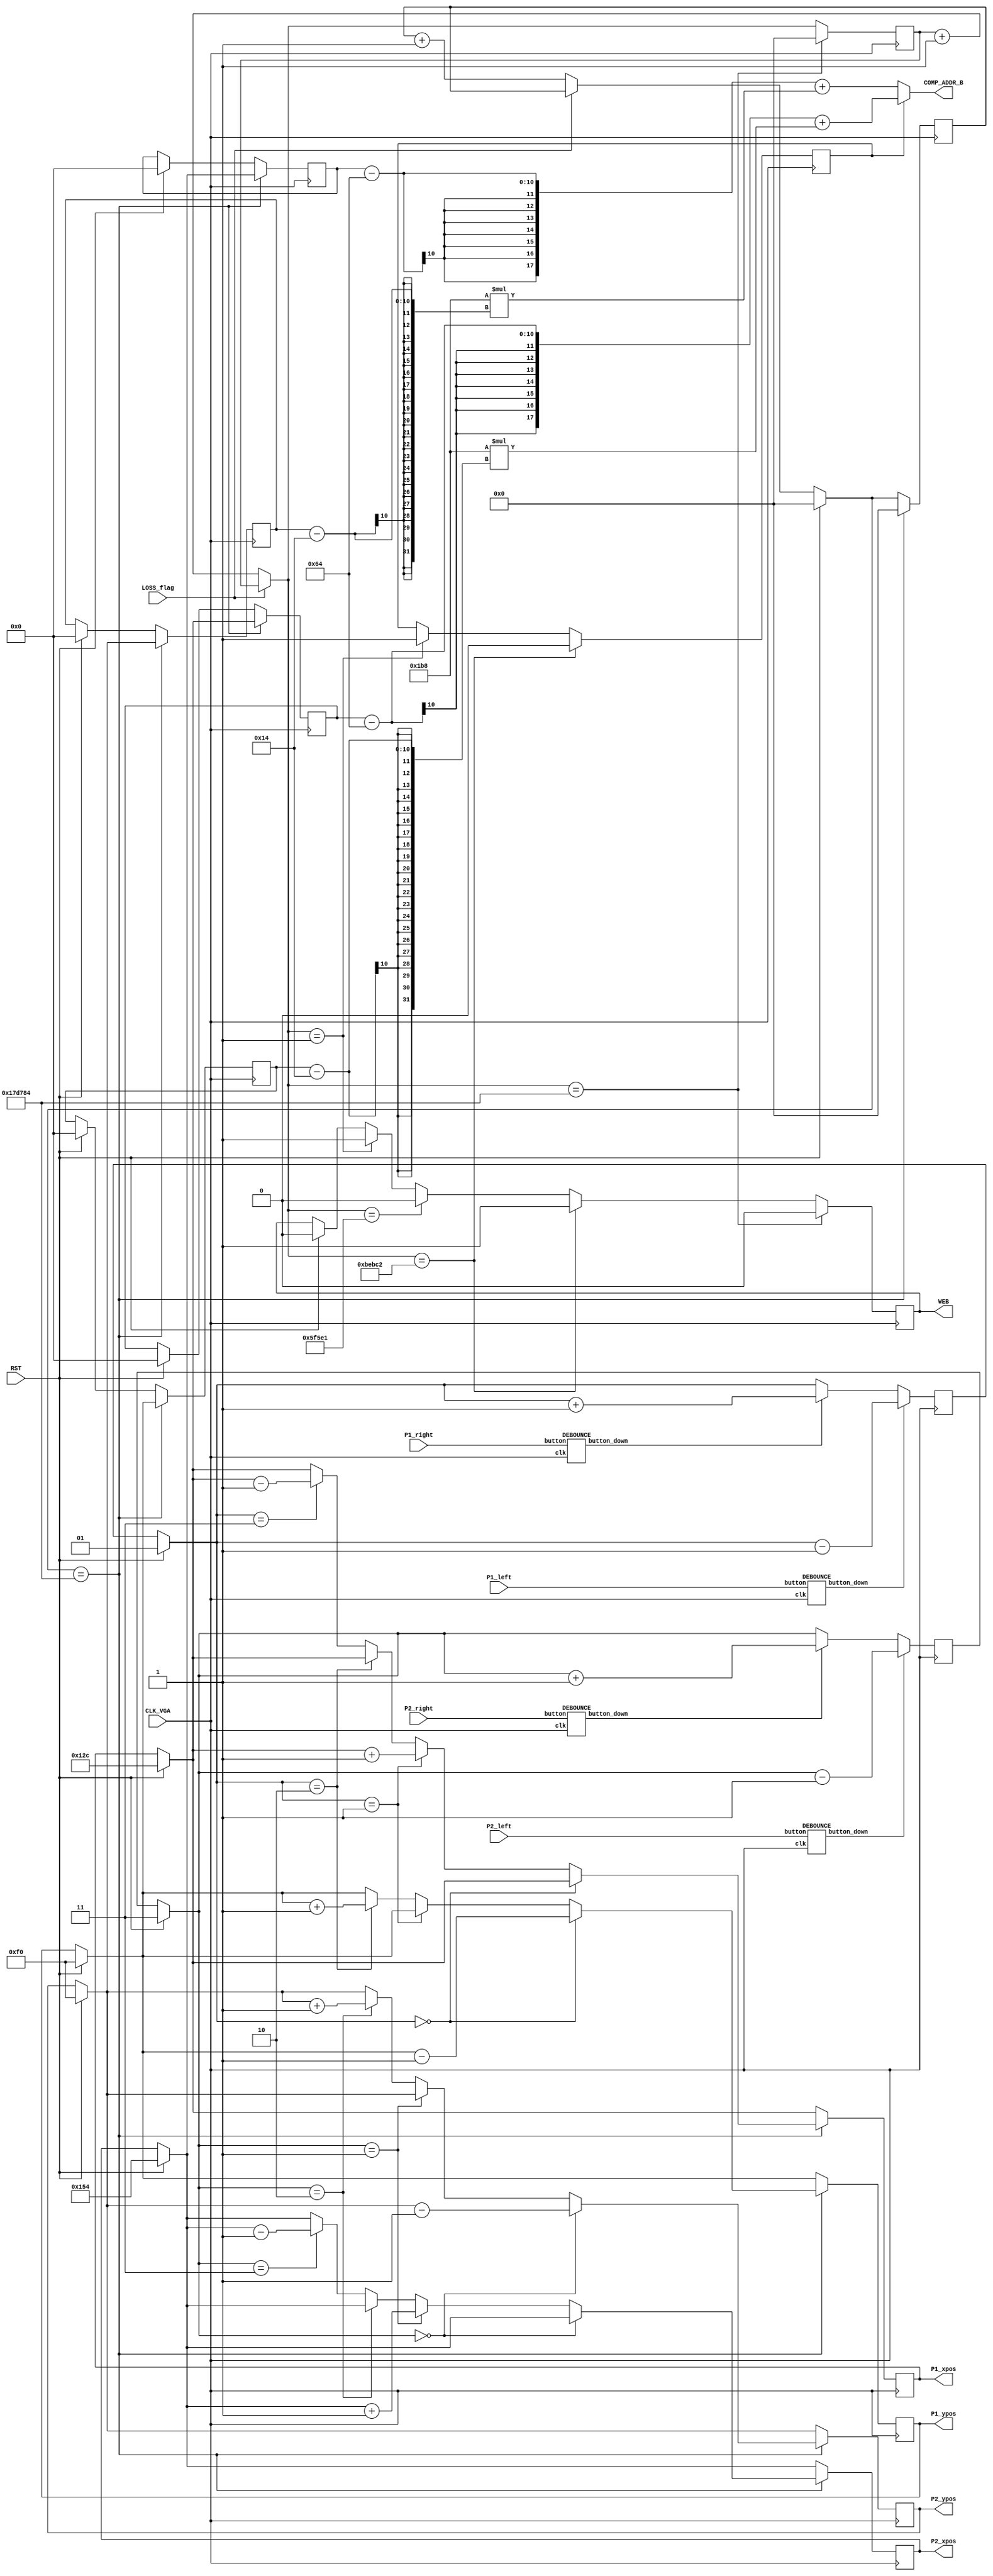
/*
** Mark Tentindo
** Digital Logic II
** Professor Venkataramani
** Final Project
** 
** PLAYERS Module
**
** - updates player positions based on current direction
** - receives button presses and adjust direction values
** - holds player initialization positions
*/

module PLAYERS(P1_xpos, P1_ypos, P2_xpos, P2_ypos, WEB, COMP_ADDR_B, /**/ CLK_VGA, P1_left, P1_right, P2_left, P2_right, RST, LOSS_flag);

	// Inputs include clock and buttons
	input CLK_VGA, RST, LOSS_flag;
	input P1_left, P1_right, P2_left, P2_right;
	
	// Outputs include player positions and RAM Address and write enable for port B
	output [9:0] P1_xpos;
	output [9:0] P1_ypos;
	output [9:0] P2_xpos;
	output [9:0] P2_ypos;
	output WEB;
	output [17:0] COMP_ADDR_B;

	// Register for all values and clock dividers
	reg [9:0] P1_xpos, P1_xpos_old;
	reg [9:0] P1_ypos, P1_ypos_old;
	reg [9:0] P2_xpos, P2_xpos_old;
	reg [9:0] P2_ypos, P2_ypos_old;
	reg [1:0] P1_dir;
	reg [1:0] P2_dir;
	reg WEB;
	reg RAM_toggle;

	// Clock dividers
	reg [21:0] CLK_GAME;
	reg [21:0] CLK_RAM;
	
	// Wires amoung modules and for constant assignments
	wire [17:0] COMP_ADDR_B;
	wire P1_left, P1_right, P2_left, P2_right;
	wire wP1_left_down, wP1_right_down, wP2_left_down, wP2_right_down;
	
	// Constant assignments ie. RAM address for port B
	assign COMP_ADDR_B = RAM_toggle ? (P1_xpos_old - 100) + (440 * (P1_ypos_old - 20)):(P2_xpos_old - 100) + (440 * (P2_ypos_old - 20));
	
	// Initialization
	initial
		begin
			P1_xpos <= 300;
			P1_ypos <= 240;
			P2_xpos <= 340;
			P2_ypos <= 240;
			P1_dir = 1;
			P2_dir = 3;
			CLK_GAME = 0;
			WEB = 0;
		end
	
	// Main Module Loop
	always @ (posedge CLK_VGA)
		begin
			// Increment Clock Dividers
				if(!LOSS_flag)
					begin
						CLK_GAME = CLK_GAME + 1;
						CLK_RAM = CLK_RAM + 1;
					end
			
			// Handle RST Signal
			if(RST)
				begin
					P1_xpos = 300;
					P1_ypos = 240;
					P2_xpos = 340;
					P2_ypos = 240;
					P1_xpos_old = 0;
					P1_ypos_old = 0;
					P2_xpos_old = 0;
					P2_ypos_old = 0;
					P1_dir = 1;
					P2_dir = 3;
					CLK_GAME = 0;
					WEB = 0;
				end
			
			// Move Players a playable speed
			if(CLK_GAME == 1562500)
				begin
					CLK_GAME = 0; 
					// Store Old Position
						P1_xpos_old = P1_xpos;
						P1_ypos_old = P1_ypos;
						P2_xpos_old = P2_xpos;
						P2_ypos_old = P2_ypos;
					// update P1 Position
						// 0 = up, 1 = right, 2 = down, 3 = left
						if(P1_dir == 0) P1_ypos = P1_ypos - 1;
						else if(P1_dir == 1) P1_xpos = P1_xpos + 1;
						else if(P1_dir == 2) P1_ypos = P1_ypos + 1;
						else if(P1_dir == 3) P1_xpos = P1_xpos - 1;
					// update P2 Position
						// 1 = up, 2 = right, 3 = down, 4 = left
						if(P2_dir == 0) P2_ypos = P2_ypos - 1;
						else if(P2_dir == 1) P2_xpos = P2_xpos + 1;
						else if(P2_dir == 2) P2_ypos = P2_ypos + 1;
						else if(P2_dir == 3) P2_xpos = P2_xpos - 1;
				end
			
			// Update RAM for trails
				if(CLK_RAM == 1)
					begin
						RAM_toggle = 1;
						WEB = 1;
					end
				if(CLK_RAM == 390625)WEB = 0;
				if(CLK_RAM == 781250)
					begin
						RAM_toggle = 0;
						WEB = 1;
					end
				if(CLK_RAM == 1562500)
					begin
						WEB = 0;
						CLK_RAM = 0;
					end
			// Adjust Player Directions based on button presses
			if(wP1_left_down == 1) P1_dir = P1_dir - 1;
			else if(wP1_right_down == 1) P1_dir = P1_dir + 1;
			if(wP2_left_down == 1) P2_dir = P2_dir - 1;
			else if(wP2_right_down == 1) P2_dir = P2_dir + 1;
		end
	
	// Debounce Signals
		
		DEBOUNCE P1L(CLK_VGA, P1_left, wP1_left_down); 
		DEBOUNCE P1R(CLK_VGA, P1_right, wP1_right_down);
		DEBOUNCE P2L(CLK_VGA, P2_left, wP2_left_down);
		DEBOUNCE P2R(CLK_VGA, P2_right, wP2_right_down);
			
endmodule

module DEBOUNCE(clk, button, button_down); // Modified from FPGA4FUN example to only send pulse on DOWN
	input clk;
	input button;

	output button_down;

	reg button_sync_0;  always @(posedge clk) button_sync_0 <= ~button;
	reg button_sync_1;  always @(posedge clk) button_sync_1 <= button_sync_0;

	reg [15:0] button_cnt;

	reg button_state;
	wire button_idle = (button_state == button_sync_1);
	wire button_cnt_ovf = &button_cnt;

	always @(posedge clk)
		if(button_idle)
			button_cnt <= 0;
		else
			begin
				button_cnt <= button_cnt + 1;
				if(button_cnt_ovf) button_state <= ~button_state;
			end

	wire button_down = ~button_state & ~button_idle & button_cnt_ovf;

endmodule